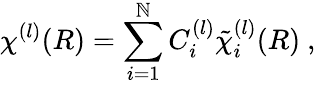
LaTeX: \chi^{(l)}(R)=\sum_{i=1}^{\mathbb{N}}C_{i}^{(l)}{\tilde{{\chi}}}_{i}^{(l)}(R)\ ,